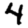
Digit: 4